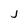
Character: j